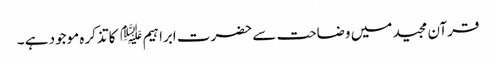
قرآن مجید میں وضاحت سے حضرت ابراہیم ﷤ کا تذکرہ موجود ہے ۔